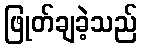
ဖြုတ်ချခဲ့သည်